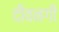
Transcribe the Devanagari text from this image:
दीवनगी